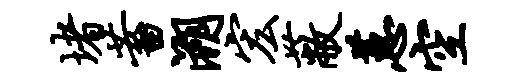
堵蓄溯宏蔽蕙空